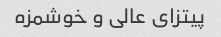
پیتزای عالی و خوشمزه